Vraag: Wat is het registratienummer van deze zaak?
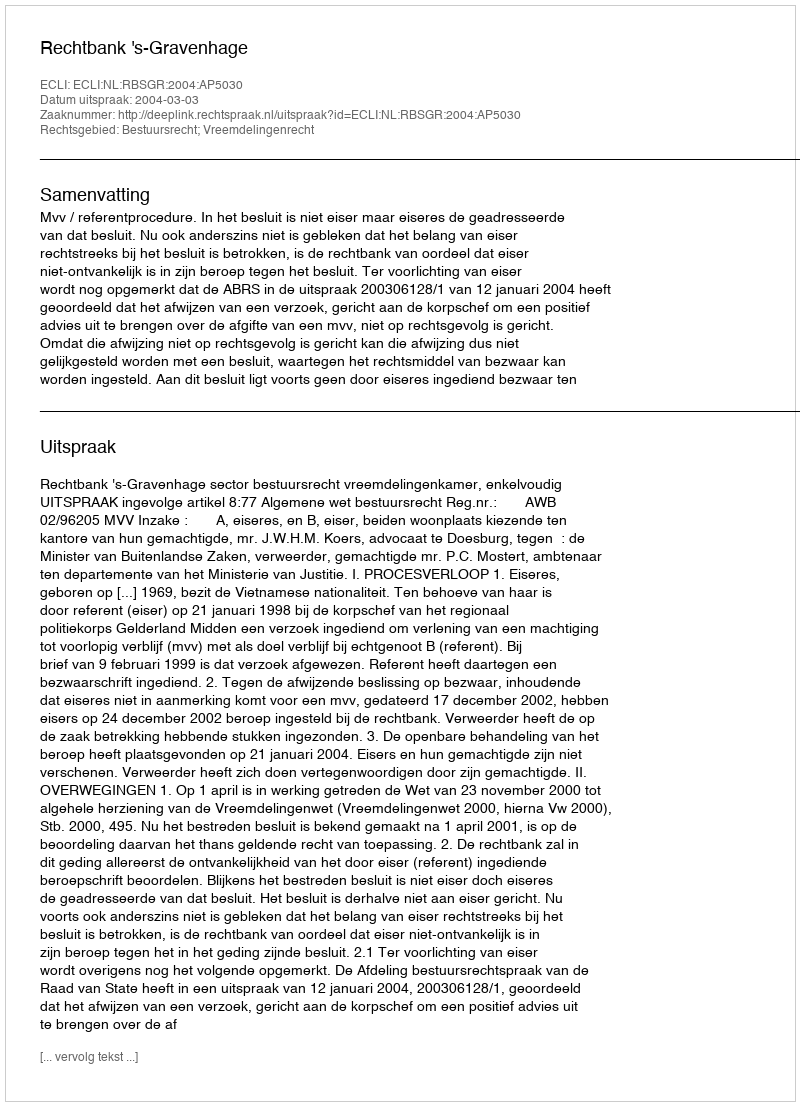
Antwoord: http://deeplink.rechtspraak.nl/uitspraak?id=ECLI:NL:RBSGR:2004:AP5030